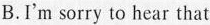
B.I'm sorry to hear that